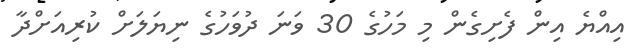
އިއްޔެ އިން ފެށިގެން މި މަހުގެ 30 ވަނަ ދުވަހުގެ ނިޔަލަށް ކުރިއަށްދާ